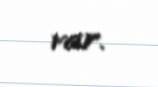
var.